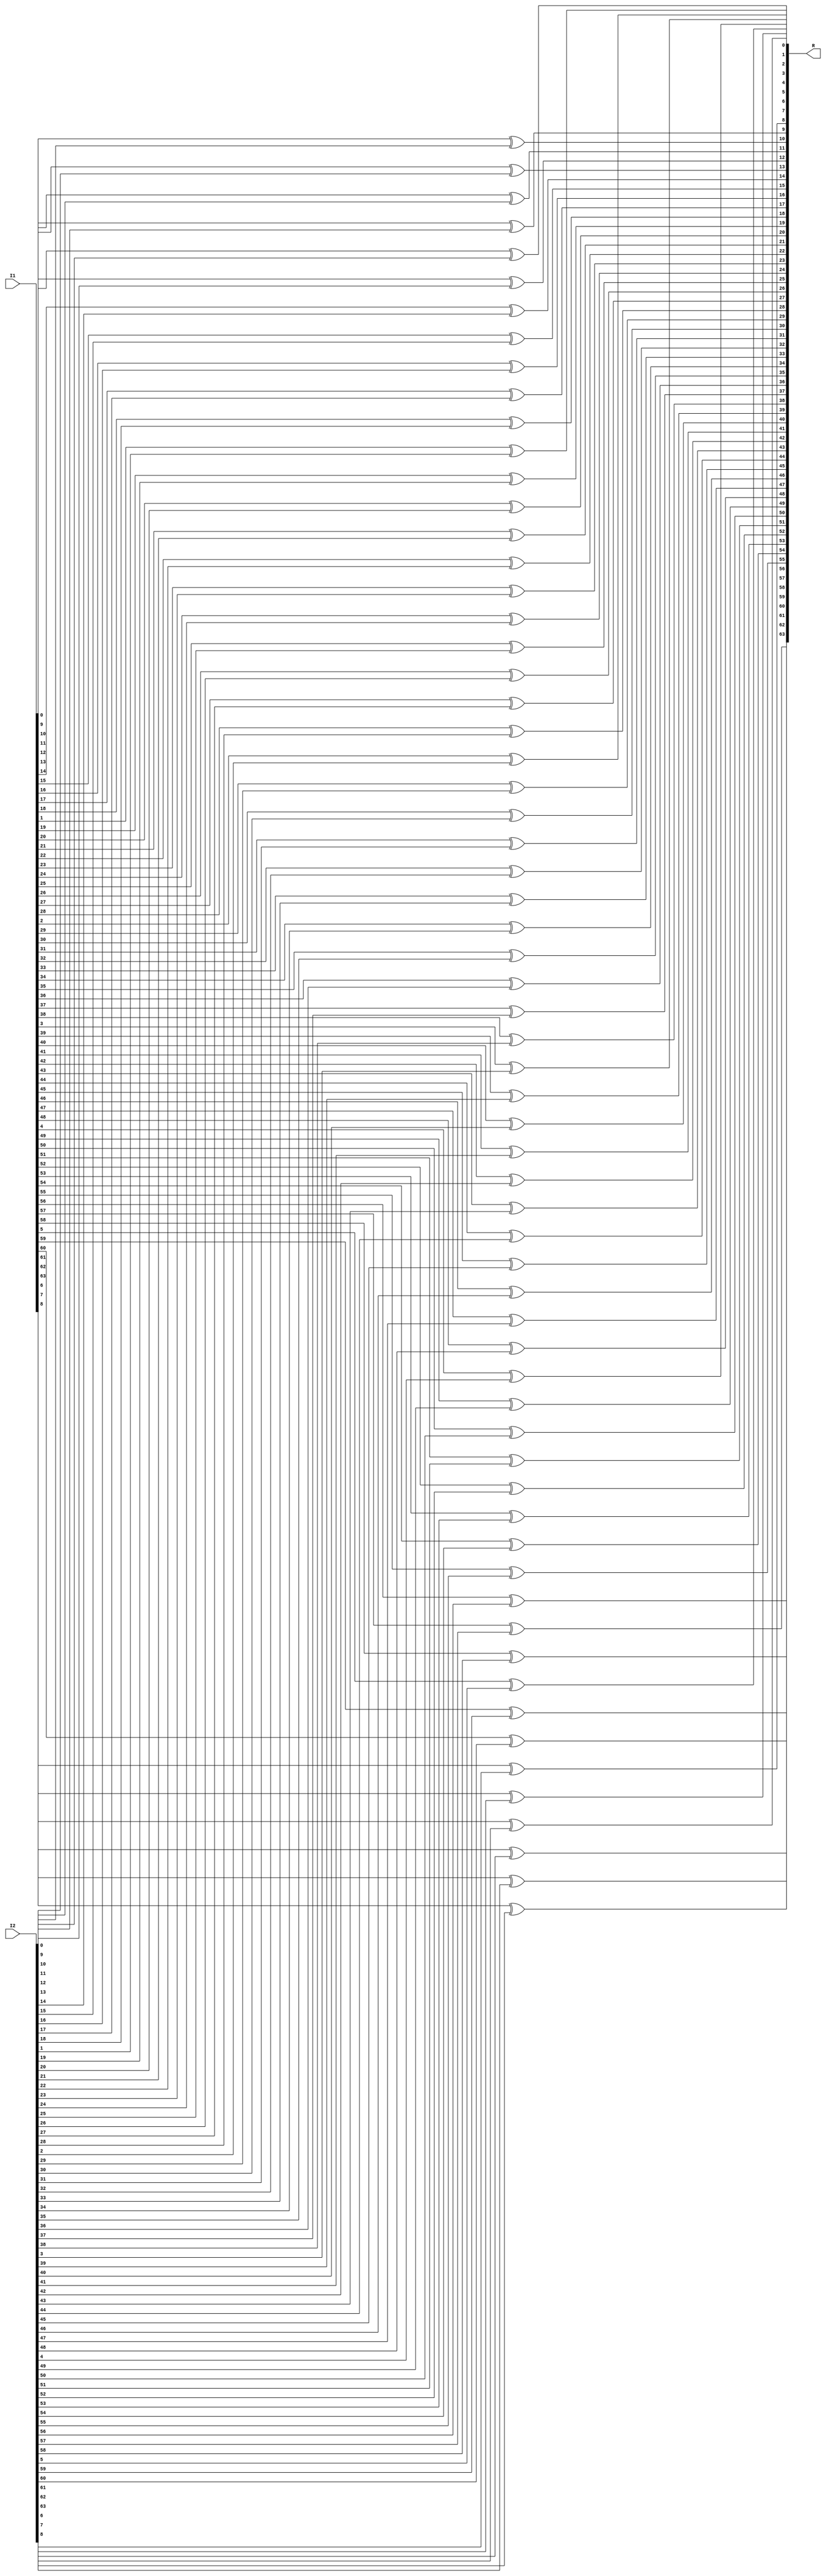
`timescale 1ns/10ps

module xorop(I1,I2,R);
input [63:0]I1;
input [63:0]I2;
output [63:0]R;

genvar i;
generate 
    for(i=0;i<64;i=i+1)
    begin
        xor x0(R[i],I1[i],I2[i]);
    end
endgenerate
endmodule